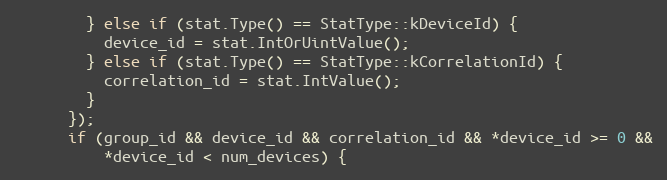
Language: C++
        } else if (stat.Type() == StatType::kDeviceId) {
          device_id = stat.IntOrUintValue();
        } else if (stat.Type() == StatType::kCorrelationId) {
          correlation_id = stat.IntValue();
        }
      });
      if (group_id && device_id && correlation_id && *device_id >= 0 &&
          *device_id < num_devices) {